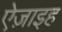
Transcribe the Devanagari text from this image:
ऐज़ाइह